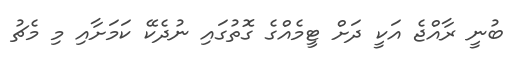
ބުނީ ރާއްޖެ އަކީ ދަށް ޓީމެއްގެ ގޮތުގައި ނުދެކޭ ކަމަށާއި މި މެޗު